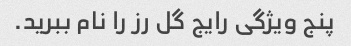
پنج ویژگی رایج گل رز را نام ببرید.